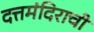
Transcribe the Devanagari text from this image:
दत्तमंदिराची